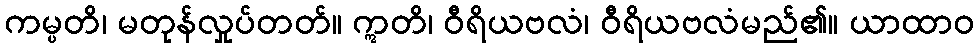
ကမ္ပတိ၊ မတုန်လှုပ်တတ်။ ဣတိ၊ ဝီရိယဗလံ၊ ဝီရိယဗလံမည်၏။ ယာထာဝ